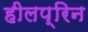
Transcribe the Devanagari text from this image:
हीलप्रिन